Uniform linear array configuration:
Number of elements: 12
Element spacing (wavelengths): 0.5
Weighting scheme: uniform
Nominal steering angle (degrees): -15
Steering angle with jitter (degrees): -13.619
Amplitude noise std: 0.05
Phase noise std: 0.05

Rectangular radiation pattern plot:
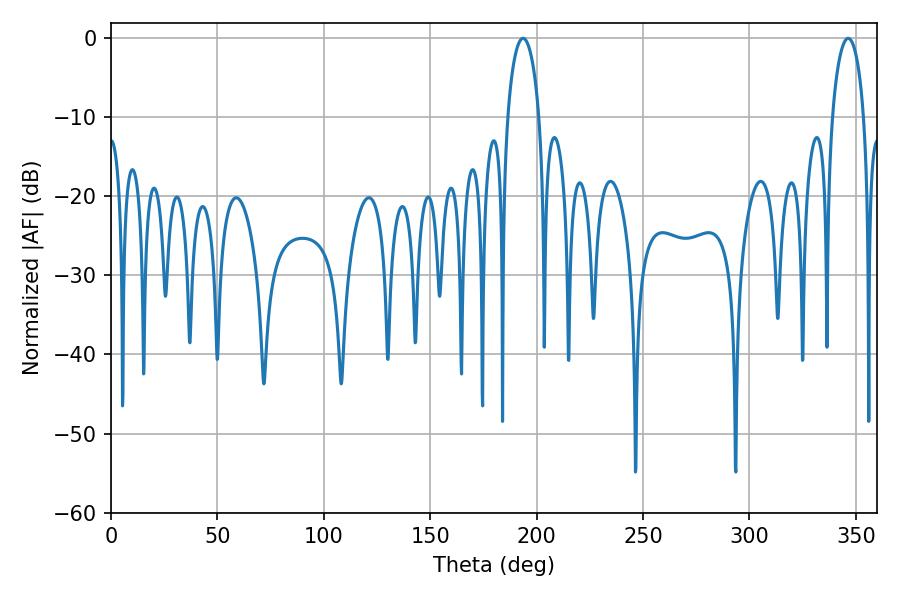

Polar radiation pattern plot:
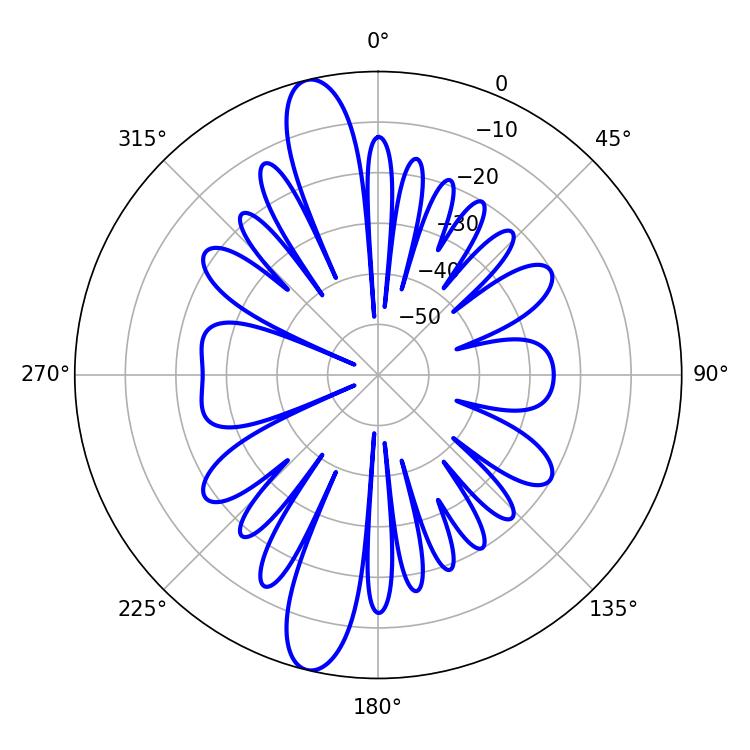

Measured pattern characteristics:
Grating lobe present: FALSE
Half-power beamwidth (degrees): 8.64
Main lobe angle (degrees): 193.68